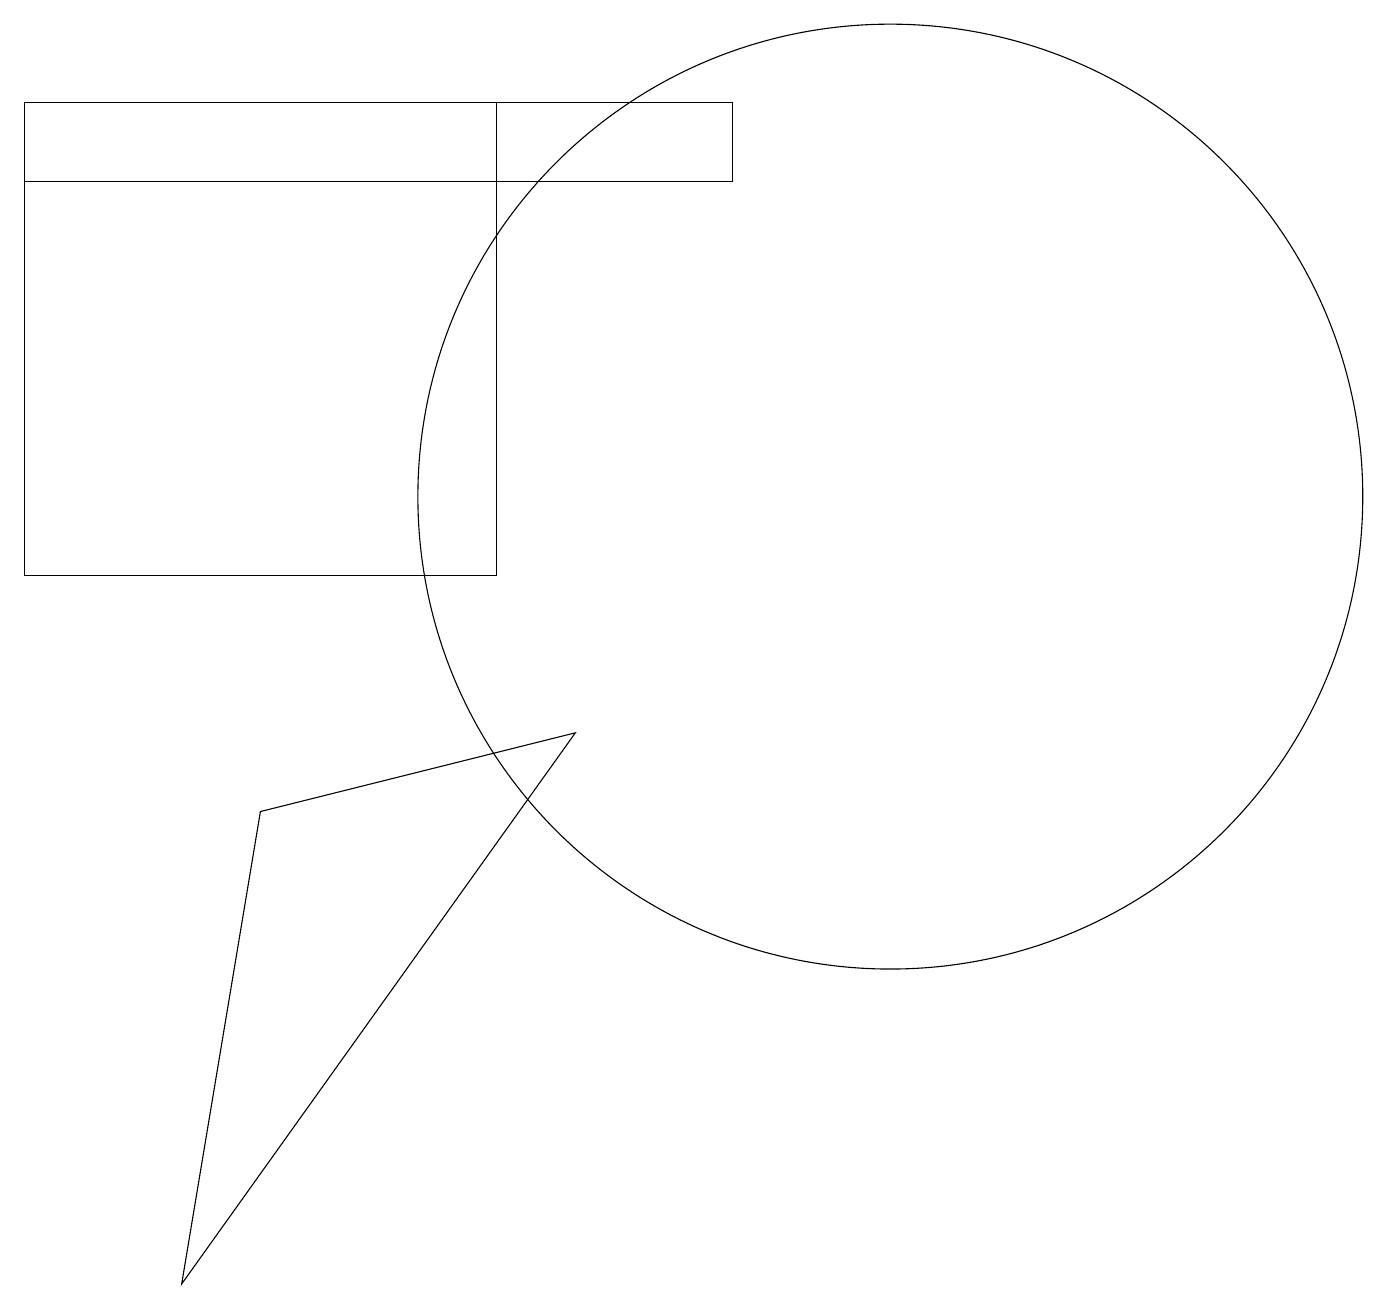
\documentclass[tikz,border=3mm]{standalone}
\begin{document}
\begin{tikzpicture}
\draw (0,16) rectangle (9,15);
\draw (6,16) rectangle (0,10);
\draw (2,1) -- (3,7) -- (7,8) -- cycle;
\draw (11,11) circle (6);
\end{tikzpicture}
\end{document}